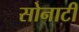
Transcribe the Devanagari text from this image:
सोनाटी